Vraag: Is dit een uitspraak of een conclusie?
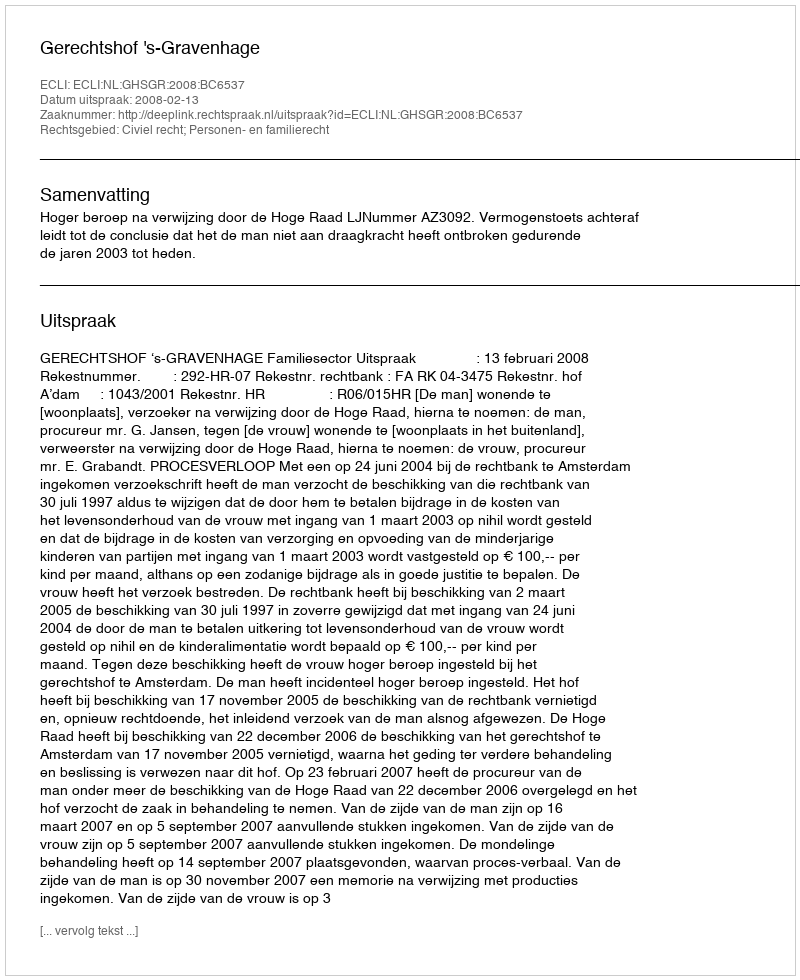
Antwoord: Uitspraak